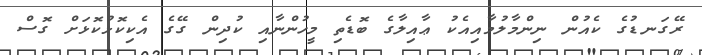
ރޭގަނޑުގެ ކެއުން ނިންމާލުމާއިއެކު ޢާއިލާގެ ބޮޑެތި މީހުންނާއި ކުދިން ގޭގެ އެކިކޮޅުކޮޅަށް ގޮސް